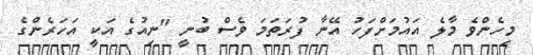
މިހެންވެ މާލެ އައުމަށްފަހު އޭނާ ފުރަތަމަ ވެސް ބުނީ "ނިއުގެ އަކީ އަހަރެންގެ